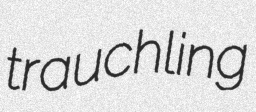
trauchling